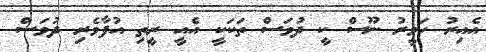
އެއިރު ހަވީރު ނޫސް ކީ ދުވަސް ތަކަކީ އެއީ ރީިތި އުފާވެރި ދުވަސް